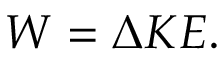
W = \Delta K E .